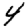
Digit: 4